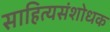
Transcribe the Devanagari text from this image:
साहित्यसंशोधक